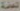
العامة